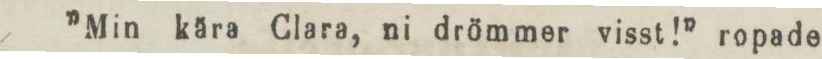
”Min kära Clara, ni drömmer visst!” ropade